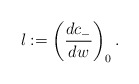
\begin{align*} l:=\left(\frac{dc_-}{dw}\right)_0.\end{align*}